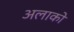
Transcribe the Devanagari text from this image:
अलाको